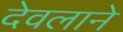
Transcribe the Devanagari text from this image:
देवलाने